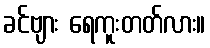
ခင်ဗျား ရေကူးတတ်လား။